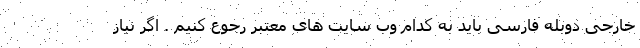
خارجی دوبله فارسی باید به کدام وب سایت های معتبر رجوع کنیم . اگر نیاز